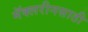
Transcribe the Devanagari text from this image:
मॅक्लरीनसाठी